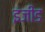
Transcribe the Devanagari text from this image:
इंजीड